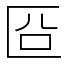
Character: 㔯